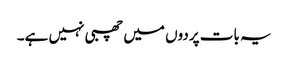
یہ بات پردوں میں چھبی نہیں ہے۔